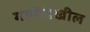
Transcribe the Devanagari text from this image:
गाणेदेखील